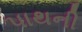
પાથની